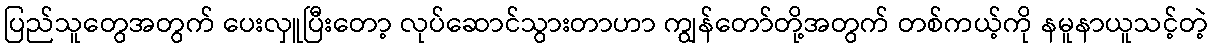
ပြည်သူတွေအတွက် ပေးလှူပြီးတော့ လုပ်ဆောင်သွားတာဟာ ကျွန်တော်တို့အတွက် တစ်ကယ့်ကို နမူနာယူသင့်တဲ့